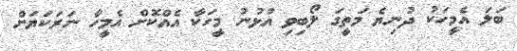
ބަލަ އެމީހަކު ދުނިޔެ މަތީގަ ލޯބިވި އުޅުނު މީހަކާ އެއްކޮށް އެމީހާ ނަރަކަޔަށް